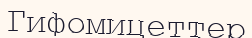
Гифомицеттер